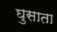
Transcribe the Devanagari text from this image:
घुसाता